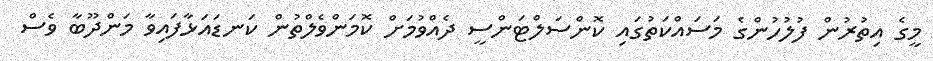
މީގެ އިތުރުން ފުލުހުންގެ މަސައްކަތުގައި ކޮންސަލްޓަންސީ ދެއްވުމަށް ކޮމަންވެލްތުން ކަނޑައަޅާފައިވާ މަންދޫބާ ވެސް